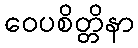
ဝေပစိတ္တိနာ